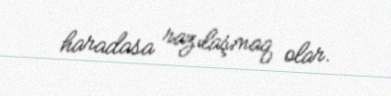
haradasa razılaşmaq olar.